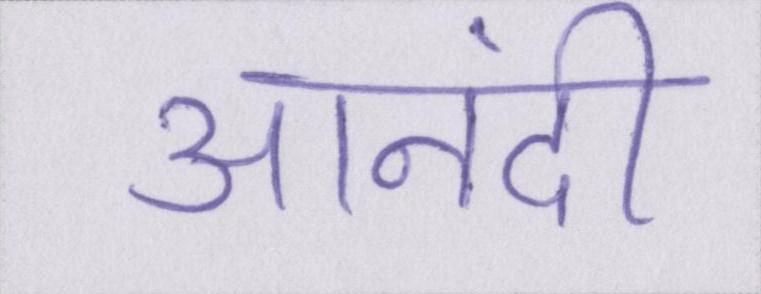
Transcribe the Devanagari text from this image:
आनंदी